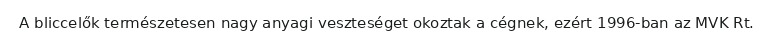
A bliccelők természetesen nagy anyagi veszteséget okoztak a cégnek, ezért 1996-ban az MVK Rt.